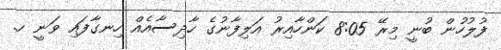
ފުލުހުން ބުނީ މިރޭ 8:05 ކަންހާއިރު އަލިފާނުގެ ހާދިސާއެއް ހިނގާފައި ވަނީ ހ.